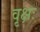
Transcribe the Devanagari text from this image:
वृक्षः